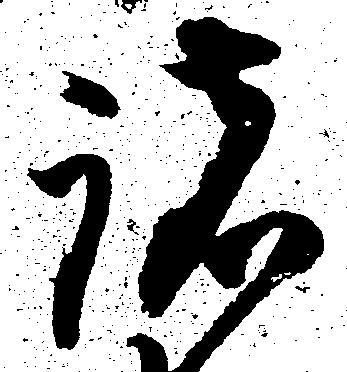
諸